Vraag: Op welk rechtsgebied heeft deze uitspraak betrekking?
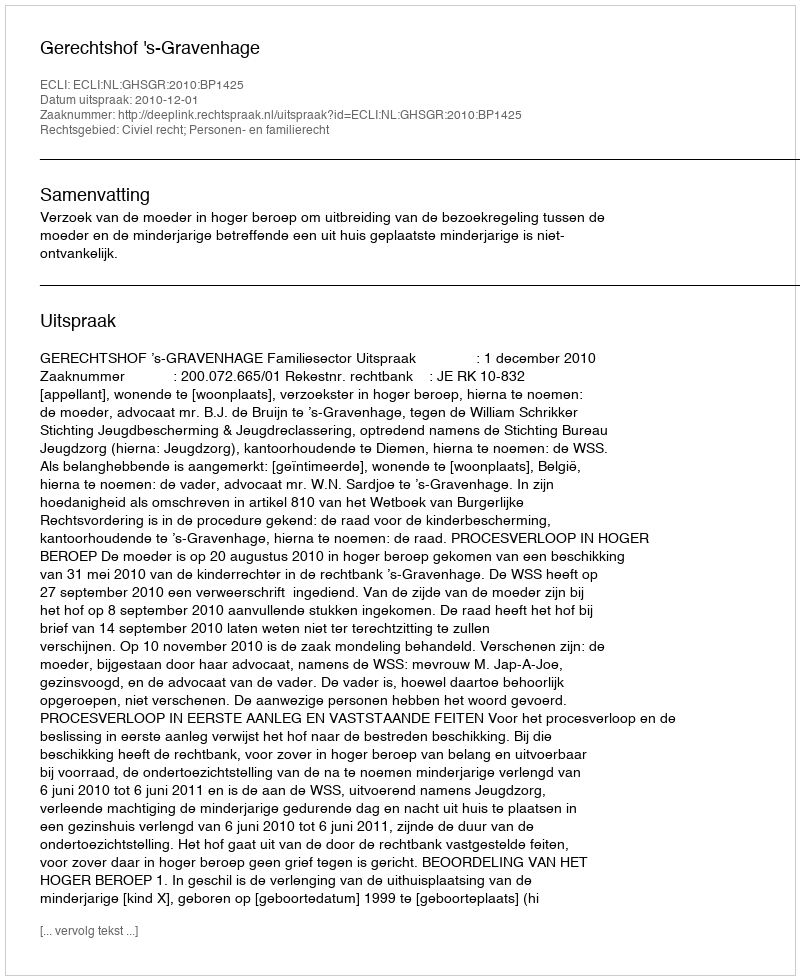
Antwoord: Civiel recht; Personen- en familierecht